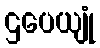
ဌပေယျုံ